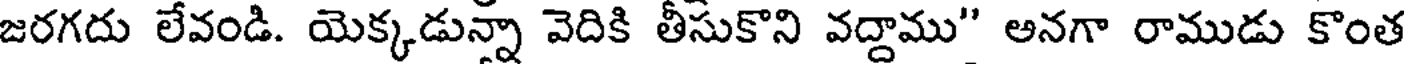
జరగదు లేవండి. యెక్కడున్నా వెదికి తీసుకొని వద్దాము" అనగా రాముడు కొంత